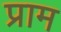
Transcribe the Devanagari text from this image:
प्राम